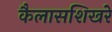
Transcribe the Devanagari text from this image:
कैलासशिखरे